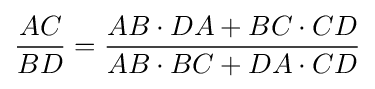
{\frac {AC}{BD}}={\frac {AB\cdot DA+BC\cdot CD}{AB\cdot BC+DA\cdot CD}}